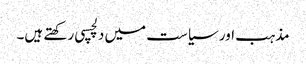
مذہب اور سیاست میں دلچسپی رکھتے ہیں۔